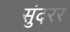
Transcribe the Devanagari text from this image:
सुंदरर